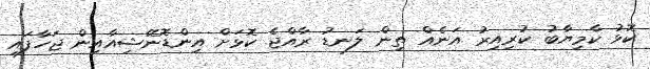
ކޮޅު ކާމިޔާބު ކުރިއިރު އަނެއް ތިން ލަނޑު ރާއްޖެ ކޮޅަށް އިންޑޮނޭޝިއާއިން ޖަހާފައި